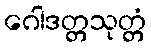
ဂေါဒတ္တသုတ္တံ